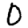
Digit: 0